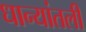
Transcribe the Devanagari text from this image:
धान्यांतली